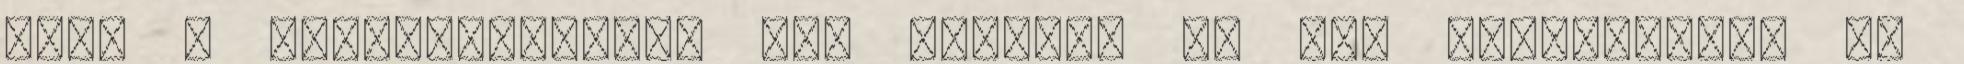
Noha a rendszerváltás már csaknem 30 éve megtörtént, az